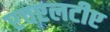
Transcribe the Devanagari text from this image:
एचएलटीए